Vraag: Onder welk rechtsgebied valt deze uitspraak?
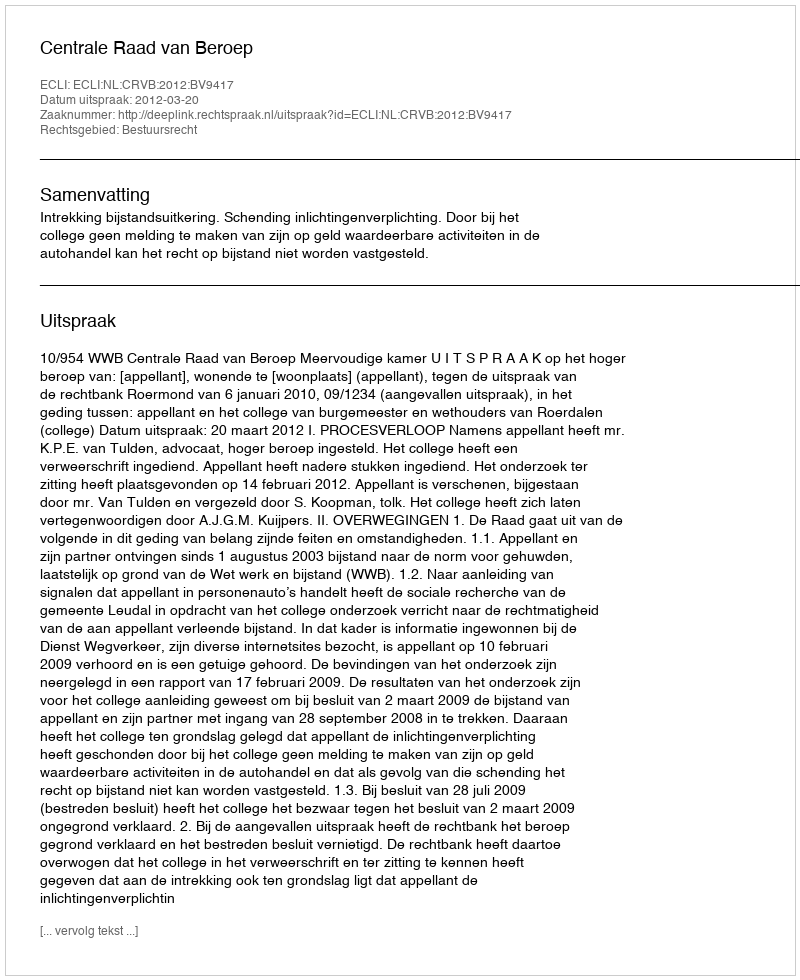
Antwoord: Bestuursrecht